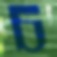
চ